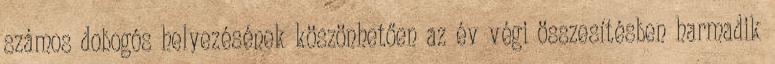
számos dobogós helyezésének köszönhetően az év végi összesítésben harmadik